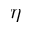
\eta